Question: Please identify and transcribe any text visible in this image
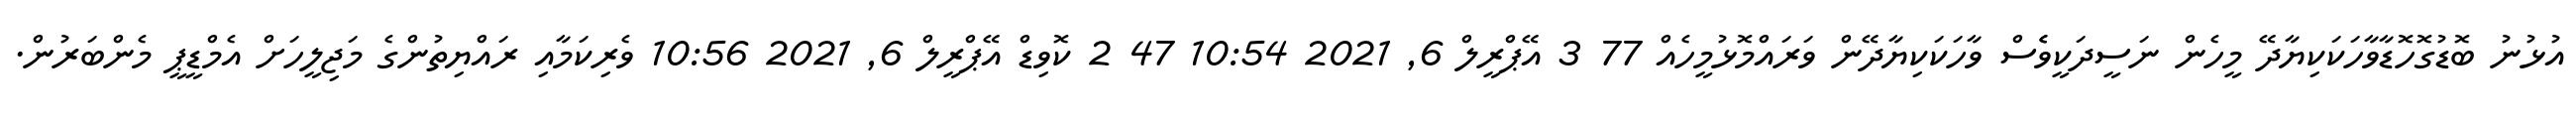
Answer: އުޅުނު ބޮޑުގޮހޮޑާވާހަކަކިޔާދޭ މީހެން ނަސީދަކީވެެސް ވާހަކަކިޔާދޭން ވަރައްމޮޅުމީހެއް 77 3 އޭޕްރީލް 6, 2021 10:54 47 2 ކޮވިޑް އޭޕްރީލް 6, 2021 10:56 ވެރިކަމާއި ރައްޔިތުންގެ މަޖިލީހަށް އެމްޑީޕީ މެންބަރުން.